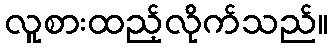
လူစားထည့်လိုက်သည်။